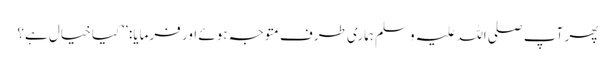
پھر آپ صلی اللہ علیہ وسلم ہماری طرف متوجہ ہوئے اور فرمایا: ’’کیا خیال ہے؟